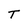
Character: T